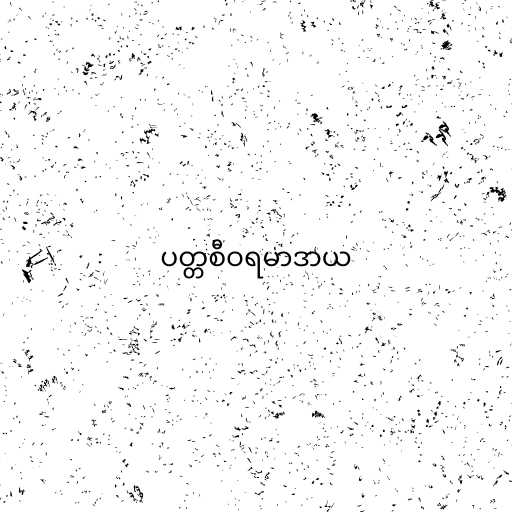
ပတ္တစီဝရမာဒာယ